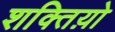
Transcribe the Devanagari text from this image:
शक्तिय़ो